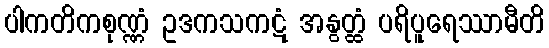
ပါကတိကစုဏ္ဏံ ဥဒကသကဋံ အနွတ္ထံ ပရိပူရေဿာမီတိ